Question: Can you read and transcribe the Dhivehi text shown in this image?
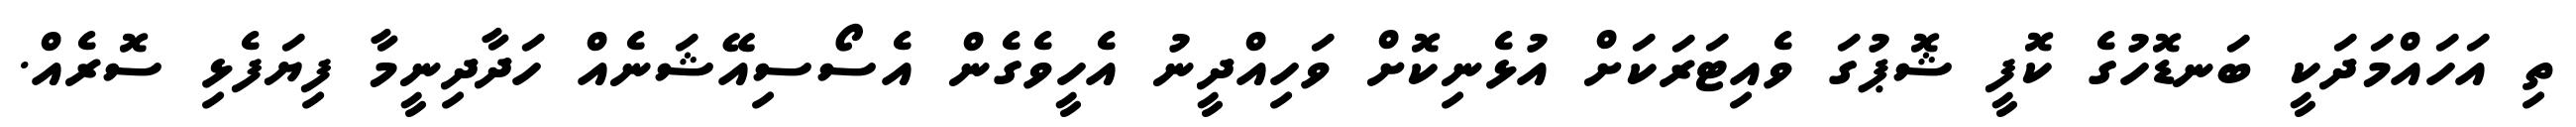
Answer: ތި އަހައްމަދަކީ ބަނޑޮހުގެ ކޮފީ ޝޮޕުގަ ވެއިޓަރަކަށް އުޅެނިކޮށް ވަހިއްދީނު އެހީވެގެން އެސޯސިއޭޝަނެއް ހަދާދިނީމާ ފިޔަފެޅި ސޮރެއް.